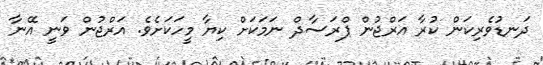
ދަނޑުވެރިކަން ކުރާ އަރްޖުން ޕްރަސާދް ނަމަކަށް ކިޔާ މީހަކަށެވެ. އަރްޖުން ވަނީ އޭނާ